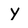
Character: Y